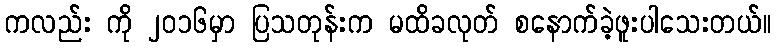
ကလည်း ကို ၂၀၁၆မှာ ပြသတုန်းက မထိခလုတ် စနောက်ခဲ့ဖူးပါသေးတယ်။